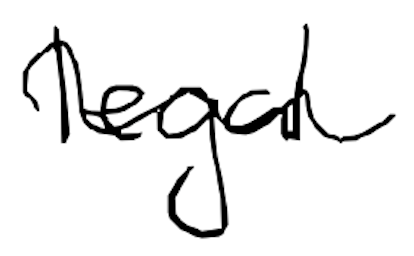
Text: legal
Cross-out: wave
Writing tool: digital_black